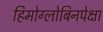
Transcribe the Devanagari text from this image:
हिमोग्लोबिनपेक्षा